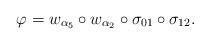
LaTeX: \begin{align*}\varphi= w_{\alpha_5}\circ w_{\alpha_2}\circ \sigma_{01} \circ \sigma_{12}.\end{align*}